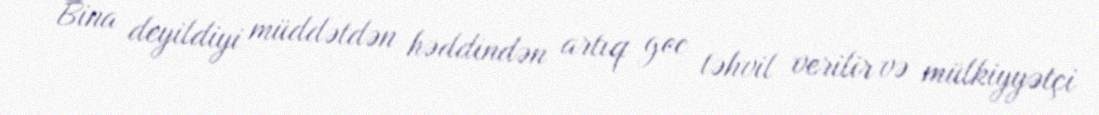
Bina deyildiyi müddətdən həddindən artıq gec təhvil verilir və mülkiyyətçi